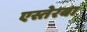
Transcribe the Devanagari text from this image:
एस्तेरबा